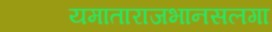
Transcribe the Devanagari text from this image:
यमाताराजभानसलगा